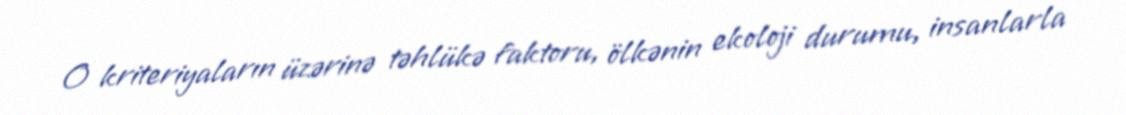
O kriteriyaların üzərinə təhlükə faktoru, ölkənin ekoloji durumu, insanlarla